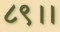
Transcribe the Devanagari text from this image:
८९।।